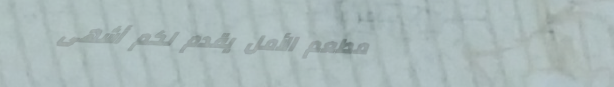
مطعم الأمل يقدم لكم أشهى